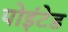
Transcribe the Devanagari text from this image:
पोइंटेड